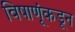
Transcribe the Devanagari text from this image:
विषाणूंकडून